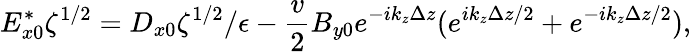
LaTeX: E_{x0}^{*}\zeta^{1/2}=D_{x0}\zeta^{1/2}/\epsilon-\frac{v}{2}B_{y0}e^{-ik_{z}\Delta z}(e^{ik_{z}\Delta z/2}+e^{-ik_{z}\Delta z/2}),